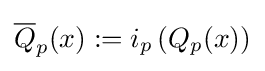
{\overline {Q}}_{p}(x):=i_{p}\left(Q_{p}(x)\right)